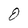
Character: O